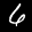
Label: 6